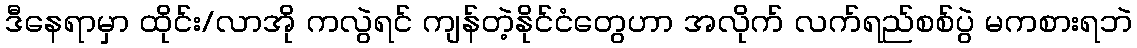
ဒီနေရာမှာ ထိုင်း/လာအို ကလွဲရင် ကျန်တဲ့နိုင်ငံတွေဟာ အလိုက် လက်ရည်စစ်ပွဲ မကစားရဘဲ